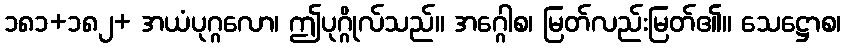
၁၈၁+၁၈၂+ အယံပုဂ္ဂလော၊ ဤပုဂ္ဂိုလ်သည်။ အဂ္ဂေါစ၊ မြတ်လည်းမြတ်၏။ သေဋ္ဌောစ၊